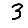
Digit: 3